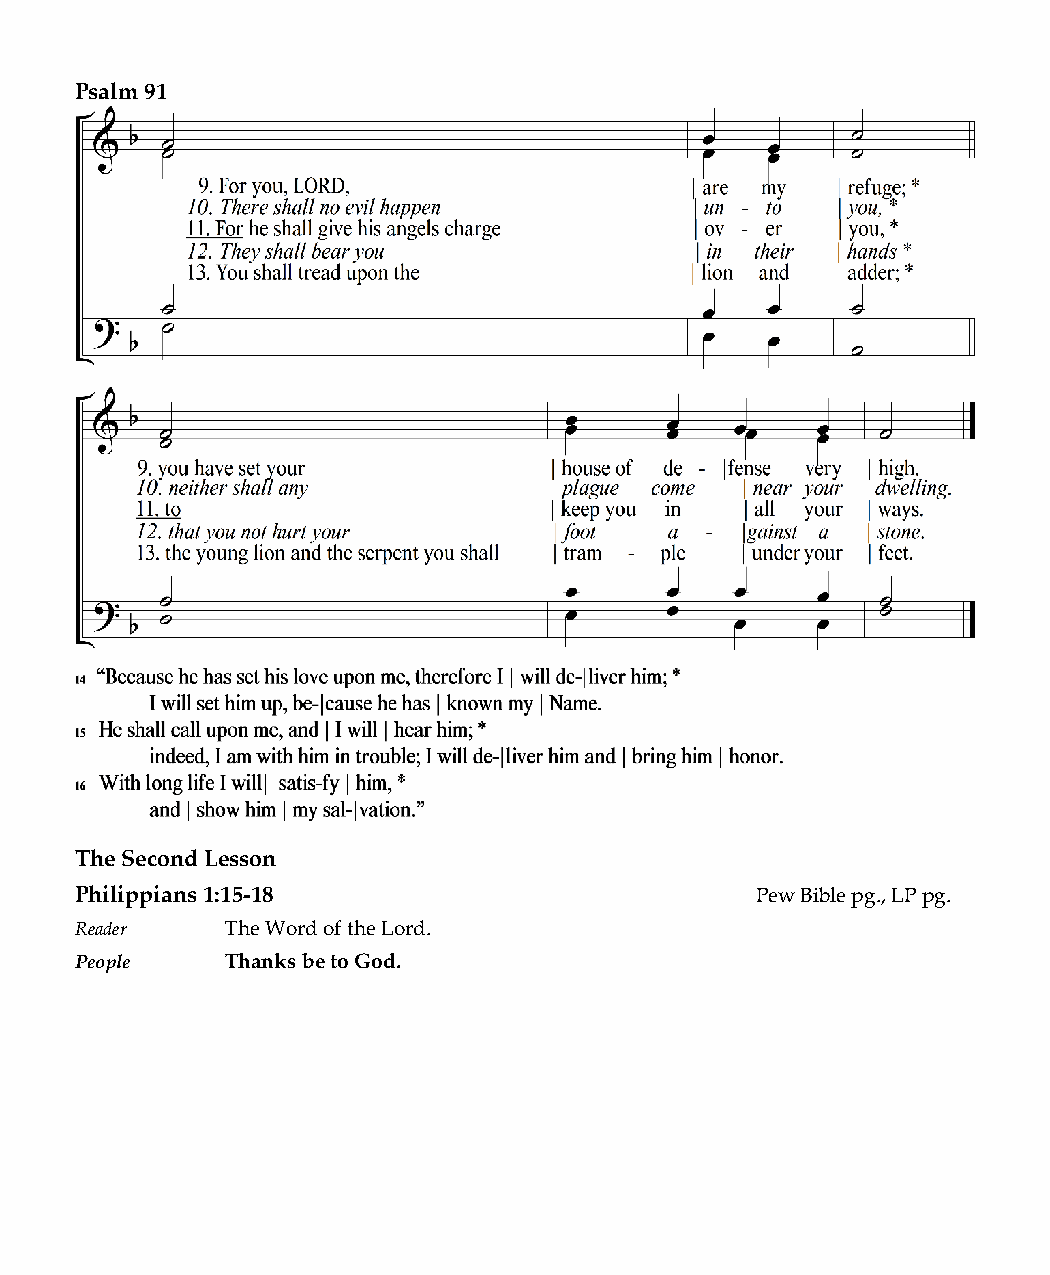
Psalm 91
 The Second Lesson
 Philippians 1:15-18                          Pew Bible pg., LP pg.
 Reader    The Word of the Lord.
 People    Thanks be to God.